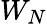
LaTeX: W_{N}